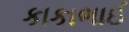
કાકાભાઈ